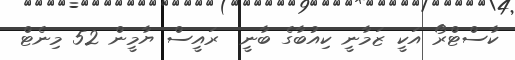
ކާސްޓްރޯ އަކީ ޒަމާނީ ކިއުބާގެ ބާނީ  ރައީސް ޔާމީން 52 މިނެޓް